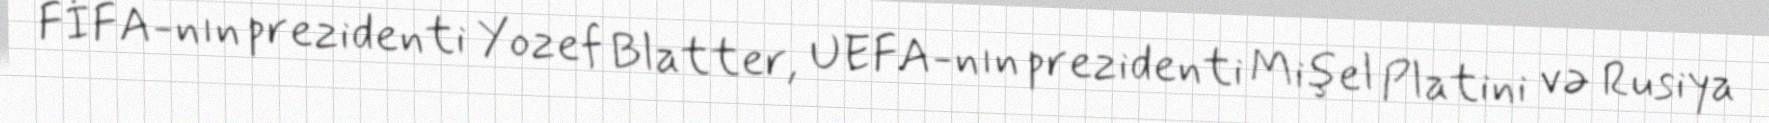
FİFA-nın prezidenti Yozef Blatter, UEFA-nın prezidenti Mişel Platini və Rusiya